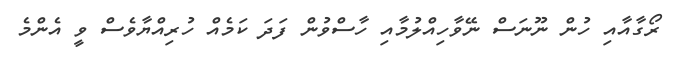
ރޯގާއާއި ހުން ނޫނަސް ނޭވާހިއްލުމާއި ހާސްވުން ފަދަ ކަމެއް ހުރިއްޔާވެސް ވީ އެންމެ